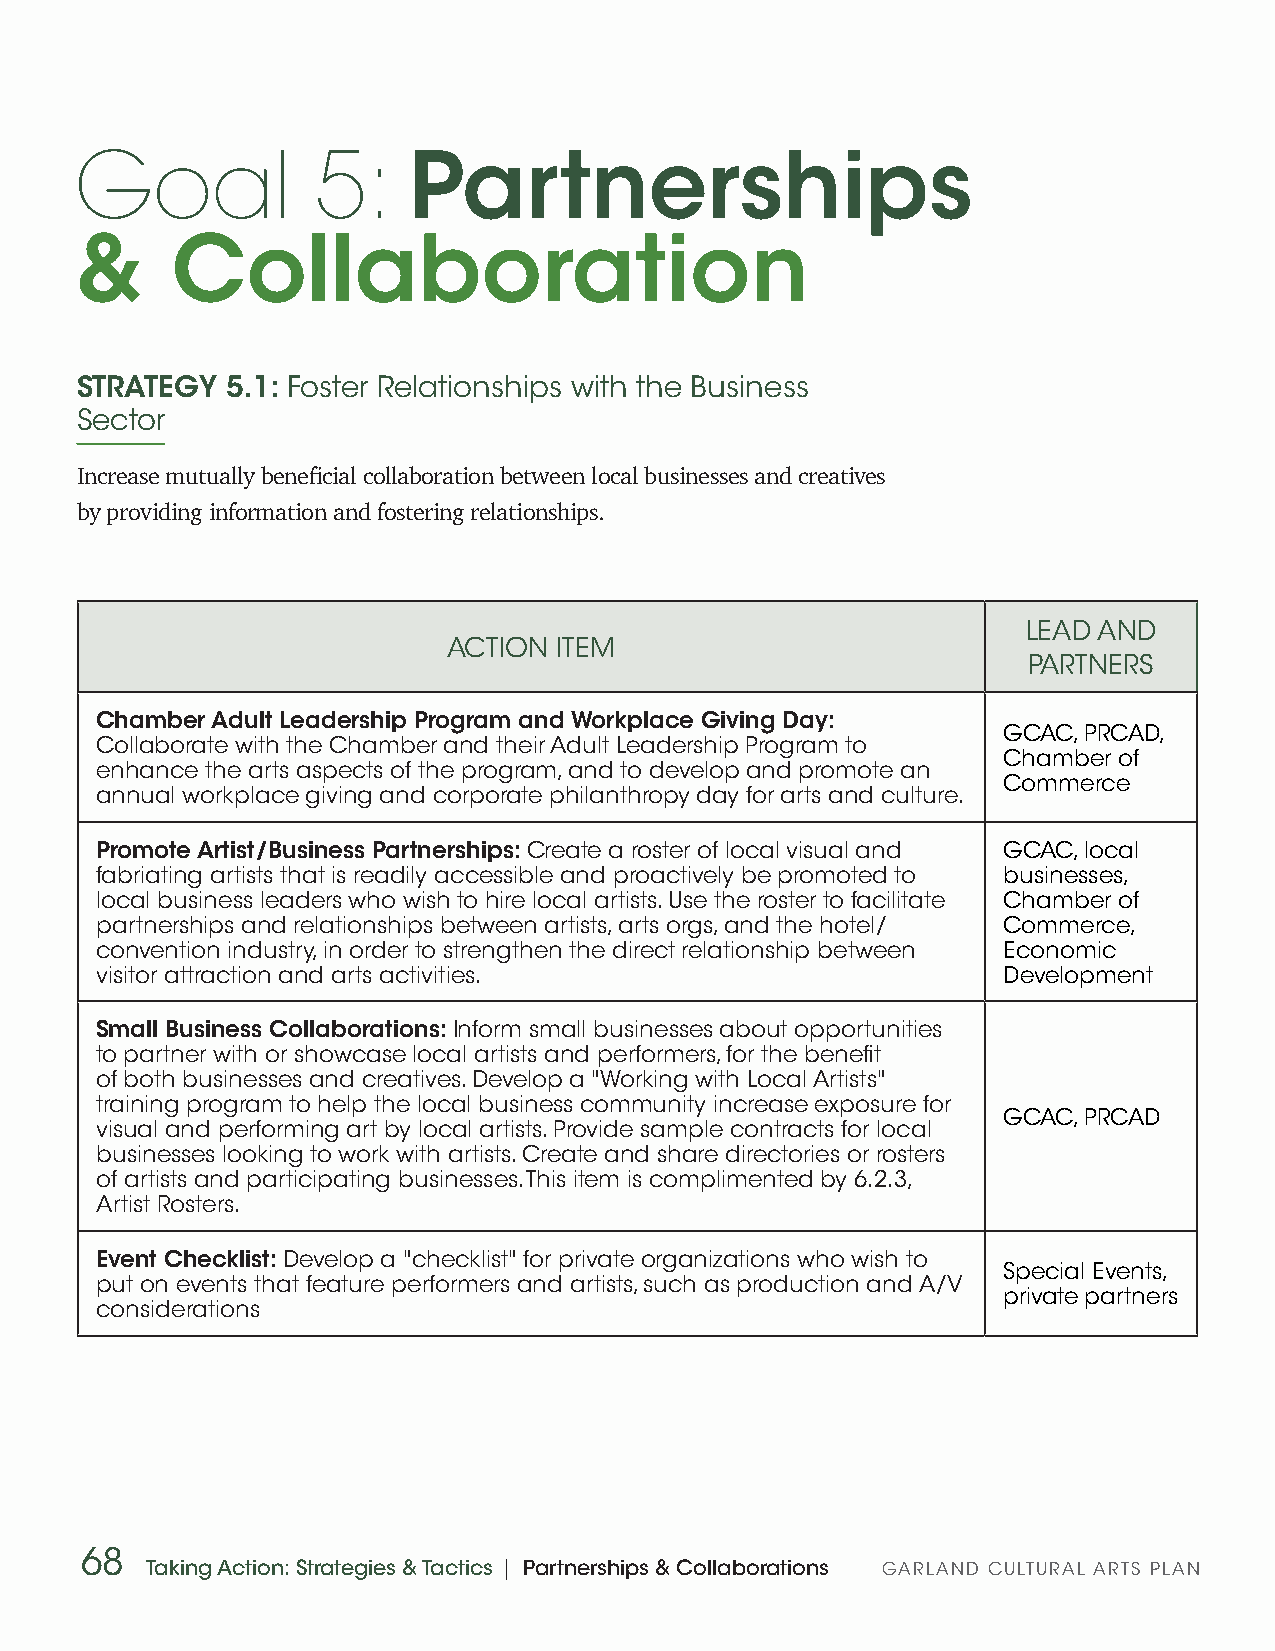
Goal            5:    Partnerships
 &     Collaboration
 STRATEGY  5.1: Foster Relationships with the Business
 Sector
 Increase mutually beneficial collaboration between local businesses and creatives
 by providing information and fostering relationships.
 LEAD AND
 ACTION ITEM
 PARTNERS
 Chamber Adult Leadership Program and Workplace Giving Day:
 GCAC, PRCAD,
 Collaborate with the Chamber and their Adult Leadership Program to
 Chamber of
 enhance the arts aspects of the program, and to develop and promote an
 Commerce
 annual workplace giving and corporate philanthropy day for arts and culture.
 Promote Artist/Business Partnerships: Create a roster of local visual and GCAC, local
 fabriating artists that is readily accessible and proactively be promoted to businesses,
 local business leaders who wish to hire local artists. Use the roster to facilitate Chamber of
 partnerships and relationships between artists, arts orgs, and the hotel/ Commerce,
 convention industry, in order to strengthen the direct relationship between Economic
 visitor attraction and arts activities.                     Development
 Small Business Collaborations: Inform small businesses about opportunities
 to partner with or showcase local artists and performers, for the benefit
 of both businesses and creatives. Develop a "Working with Local Artists"
 training program to help the local business community increase exposure for
 GCAC, PRCAD
 visual and performing art by local artists. Provide sample contracts for local
 businesses looking to work with artists. Create and share directories or rosters
 of artists and participating businesses. This item is complimented by 6.2.3,
 Artist Rosters.
 Event Checklist: Develop a "checklist" for private organizations who wish to
 Special Events,
 put on events that feature performers and artists, such as production and A/V
 private partners
 considerations
 68
 Taking Action: Strategies & Tactics | Partnerships & Collaborations GARLAND CULTURAL ARTS PLAN